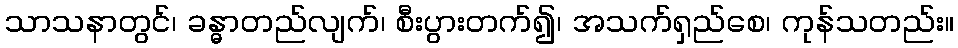
သာသနာတွင်၊ ခန္ဓာတည်လျက်၊ စီးပွားတက်၍၊ အသက်ရှည်စေ၊ ကုန်သတည်း။